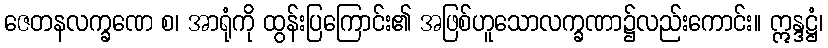
ဇေတနလက္ခဏေ စ၊ အာရုံကို ထွန်းပြကြောင်း၏ အဖြစ်ဟူသောလက္ခဏာ၌လည်းကောင်း။ ဣန္ဒဋ္ဌံ၊